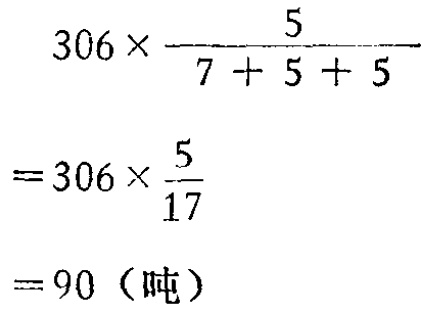
\[

\begin{align*}

&306\times\frac{5}{7 + 5 + 5}\\

=&306\times\frac{5}{17}\\

=&90（吨）

\end{align*}

\]